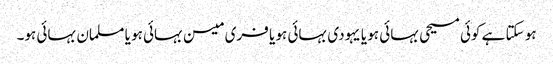
ہو سکتا ہے کوئی مسیحی بہائی ہو یا یہودی بہائی ہو یا فری میسن بہائی ہو یا مسلمان بہائی ہو۔